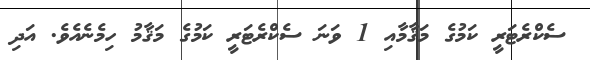
ސެކްރެޓަރީ ކަމުގެ މަޤާމާއި 1 ވަނަ ސެކްރެޓަރީ ކަމުގެ މަޤާމު ހިމެނެއެވެ. އަދި